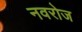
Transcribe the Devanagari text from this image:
नवरोज